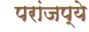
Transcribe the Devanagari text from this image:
परांजप्ये